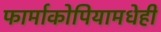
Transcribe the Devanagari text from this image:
फार्माकोपियामधेही